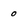
Character: 0